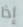
إذا